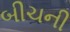
બીચની